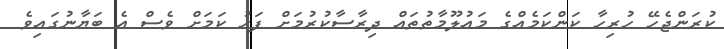
ކުރަންޖެހޭ ހުރިހާ ކަންކަމެއްގެ މައުލޫމާތުތައް ދިރާސާކުރުމަށް ފަހު ކަމަށް ވެސް އެ ބަޔާނުގައިވެ